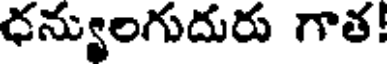
ధన్యులగుదురు గాత!